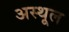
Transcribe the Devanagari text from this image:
अस्थूल